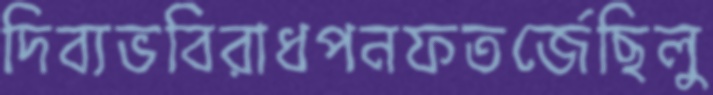
দিব্যভবিরাধপনফতর্জেছিলু